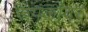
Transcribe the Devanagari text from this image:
रूपकांवर